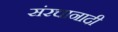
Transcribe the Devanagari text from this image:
संरचानादी